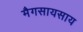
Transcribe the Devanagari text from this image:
मैगसायसाय